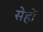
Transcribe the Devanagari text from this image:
सेहों